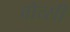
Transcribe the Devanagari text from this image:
वोत्सी